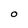
Character: O